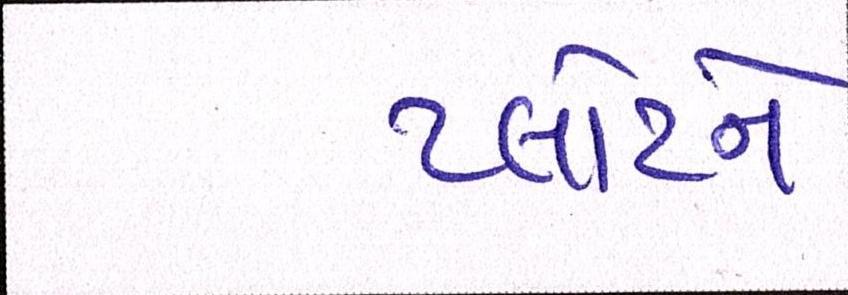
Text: પ્લોટને